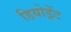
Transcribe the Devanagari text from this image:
डियोड्रेंट